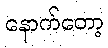
နောက်တော့